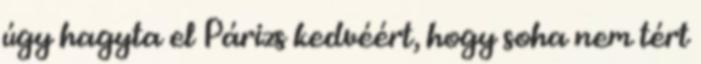
úgy hagyta el Párizs kedvéért, hogy soha nem tért